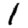
Digit: 1